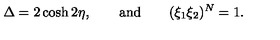
\Delta = 2 \cosh 2 \eta , \qquad \mathrm { a n d } \qquad ( \xi _ { 1 } \xi _ { 2 } ) ^ { N } = 1 .